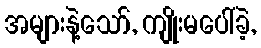
အများနဲ့သော်, ကျိုးမပေါ်ခဲ့,